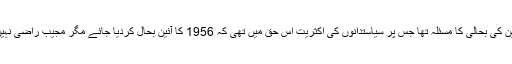
اب آئین کی بحالی کا مسئلہ تھا جس پر سیاستدانوں کی اکثریت اس حق میں تھی کہ 1956 کا آئین بحال کردیا جائے مگر مجیب راضی نہیں تھا۔